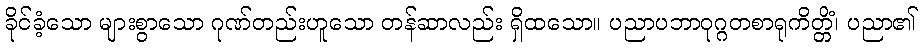
ခိုင်ခံ့သော များစွာသော ဂုဏ်တည်းဟူသော တန်ဆာလည်း ရှိထသော။ ပညာပဘာဝုဂ္ဂတစာရုကိတ္တိံ၊ ပညာ၏